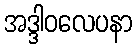
အဒ္ဒါဝလေပနာ